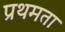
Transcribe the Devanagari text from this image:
प्रथमता